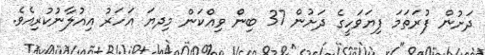
ދަށުން ފުރަތަމަ ފިޔަވަހީގެ ދަށުން 37 ބިން ވިއްކަން މިިދޔަ އަހަރު އިއުލާނުކުރިއެވެ.